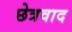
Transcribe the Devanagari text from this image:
छेत्रवाद